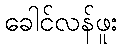
ခေါင်လန်ဖူး